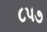
૮૫૭